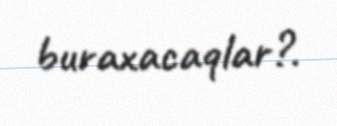
buraxacaqlar?.